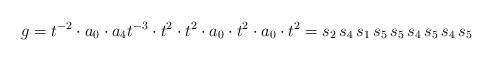
LaTeX: \begin{align*} g = t^{-2} \cdot a_0 \cdot a_4t^{-3} \cdot t^2 \cdot t^2 \cdot a_0 \cdot t^{2} \cdot a_0 \cdot t^{2} = s_2 \, s_4 \, s_1 \, s_5 \, s_5 \, s_4 \, s_5 \, s_4 \, s_5 \end{align*}